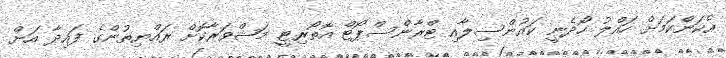
އެކަންކަމަށް ހައްލު ހޯދެނީ ކައުންސިލާއި ޓްރާންސްޕޯޓް އޮތޯރިޓީ މަޝްވަރާކޮށް ރައްޔިތުންގެ ފައިދާ އަށް